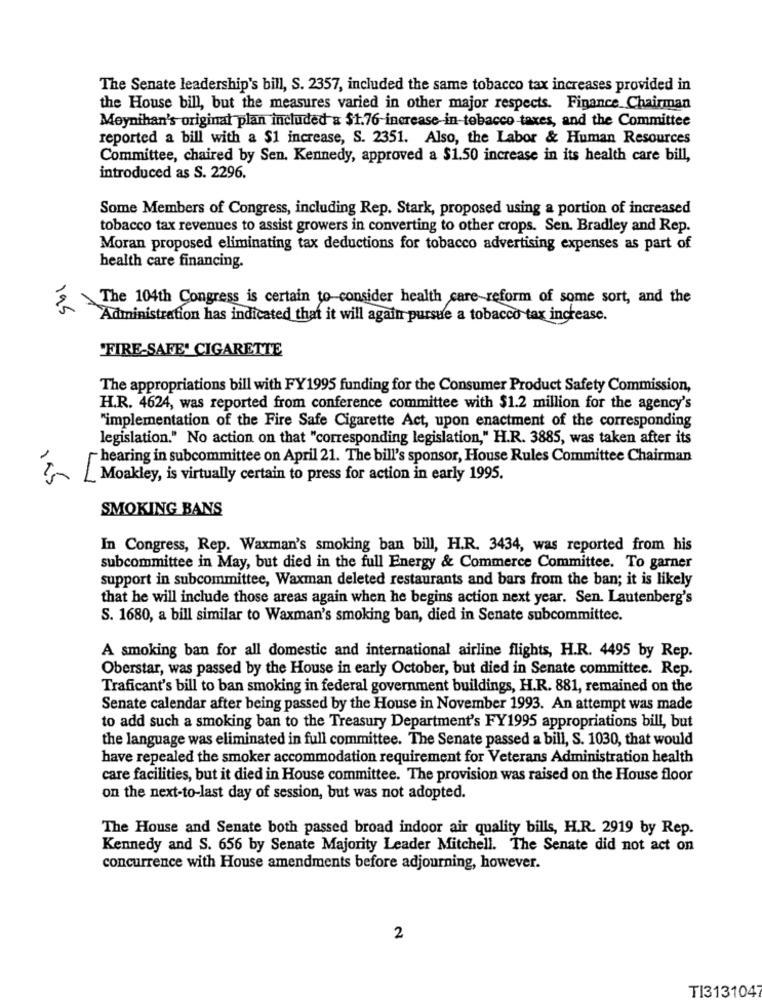
The Senate leadership's bill, S. 2357, included the same tobacco tax increases provided in
the House bill, but the measures varied in other major respects. Finance Chairman
Moynihan's original plan included & $1.76-increase-in-tobacco taxes, and the Committee
reported a bill with a $1 increase, S. 2351. Also, the Labor & Human Resources
Committee, chaired by Sen. Kennedy, approved a $1.50 increase in its health care bill,
introduced as S. 2296.
Some Members of Congress, including Rep. Stark, proposed using a portion of increased
tobacco tax revenues to assist growers in converting to other crops. Sen. Bradley and Rep.
Moran proposed eliminating tax deductions for tobacco advertising expenses as part of
health care financing.
The 104th Congress is certain to-consider health care reform of some sort, and the
195
Administration has indicated that it will again pursue a tobacco tax increase.
"FIRE-SAFE" CIGARETTE
The appropriations bill with FY1995 funding for the Consumer Product Safety Commission,
H.R. 4624, was reported from conference committee with $1.2 million for the agency's
"implementation of the Fire Safe Cigarette Act, upon enactment of the corresponding
legislation." No action on that "corresponding legislation," H.R. 3885, was taken after its
- hearing in subcommittee on April 21. The bill's sponsor, House Rules Committee Chairman
Moakley, is virtually certain to press for action in early 1995.
SMOKING BANS
In Congress, Rep. Waxman's smoking ban bill, H.R. 3434, was reported from his
subcommittee in May, but died in the full Energy & Commerce Committee. To garner
support in subcommittee, Waxman deleted restaurants and bars from the ban; it is likely
that he will include those areas again when he begins action next year. Sen. Lautenberg's
S. 1680, a bill similar to Waxman's smoking ban, died in Senate subcommittee.
A smoking ban for all domestic and international airline flights, H.R. 4495 by Rep.
Oberstar, was passed by the House in early October, but died in Senate committee. Rep.
Traficant's bill to ban smoking in federal government buildings, H.R. 881, remained on the
Senate calendar after being passed by the House in November 1993. An attempt was made
to add such a smoking ban to the Treasury Department's FY1995 appropriations bill, but
the language was eliminated in full committee. The Senate passed a bill, S. 1030, that would
have repealed the smoker accommodation requirement for Veterans Administration health
care facilities, but it died in House committee. The provision was raised on the House floor
on the next-to-last day of session, but was not adopted.
The House and Senate both passed broad indoor air quality bills, H.R. 2919 by Rep.
Kennedy and S. 656 by Senate Majority Leader Mitchell. The Senate did not act on
concurrence with House amendments before adjourning, however.
2
TI3131047